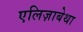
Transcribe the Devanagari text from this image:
एलिज़ाबेथा